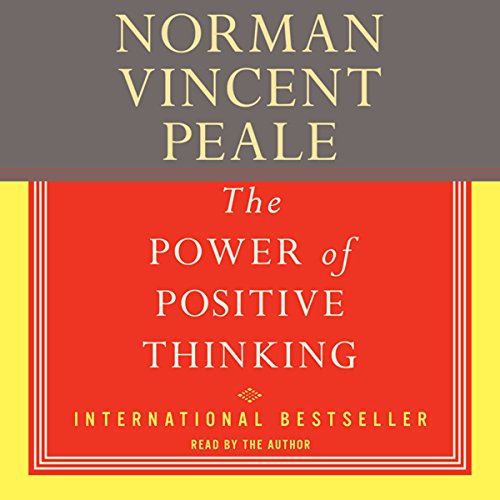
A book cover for The Power of Positive Thinking: A Practical Guide to Mastering the Problems of Everyday Living; Norman Vincent Peale; Christian Books & Bibles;